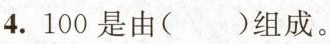
4.100是由（）组成